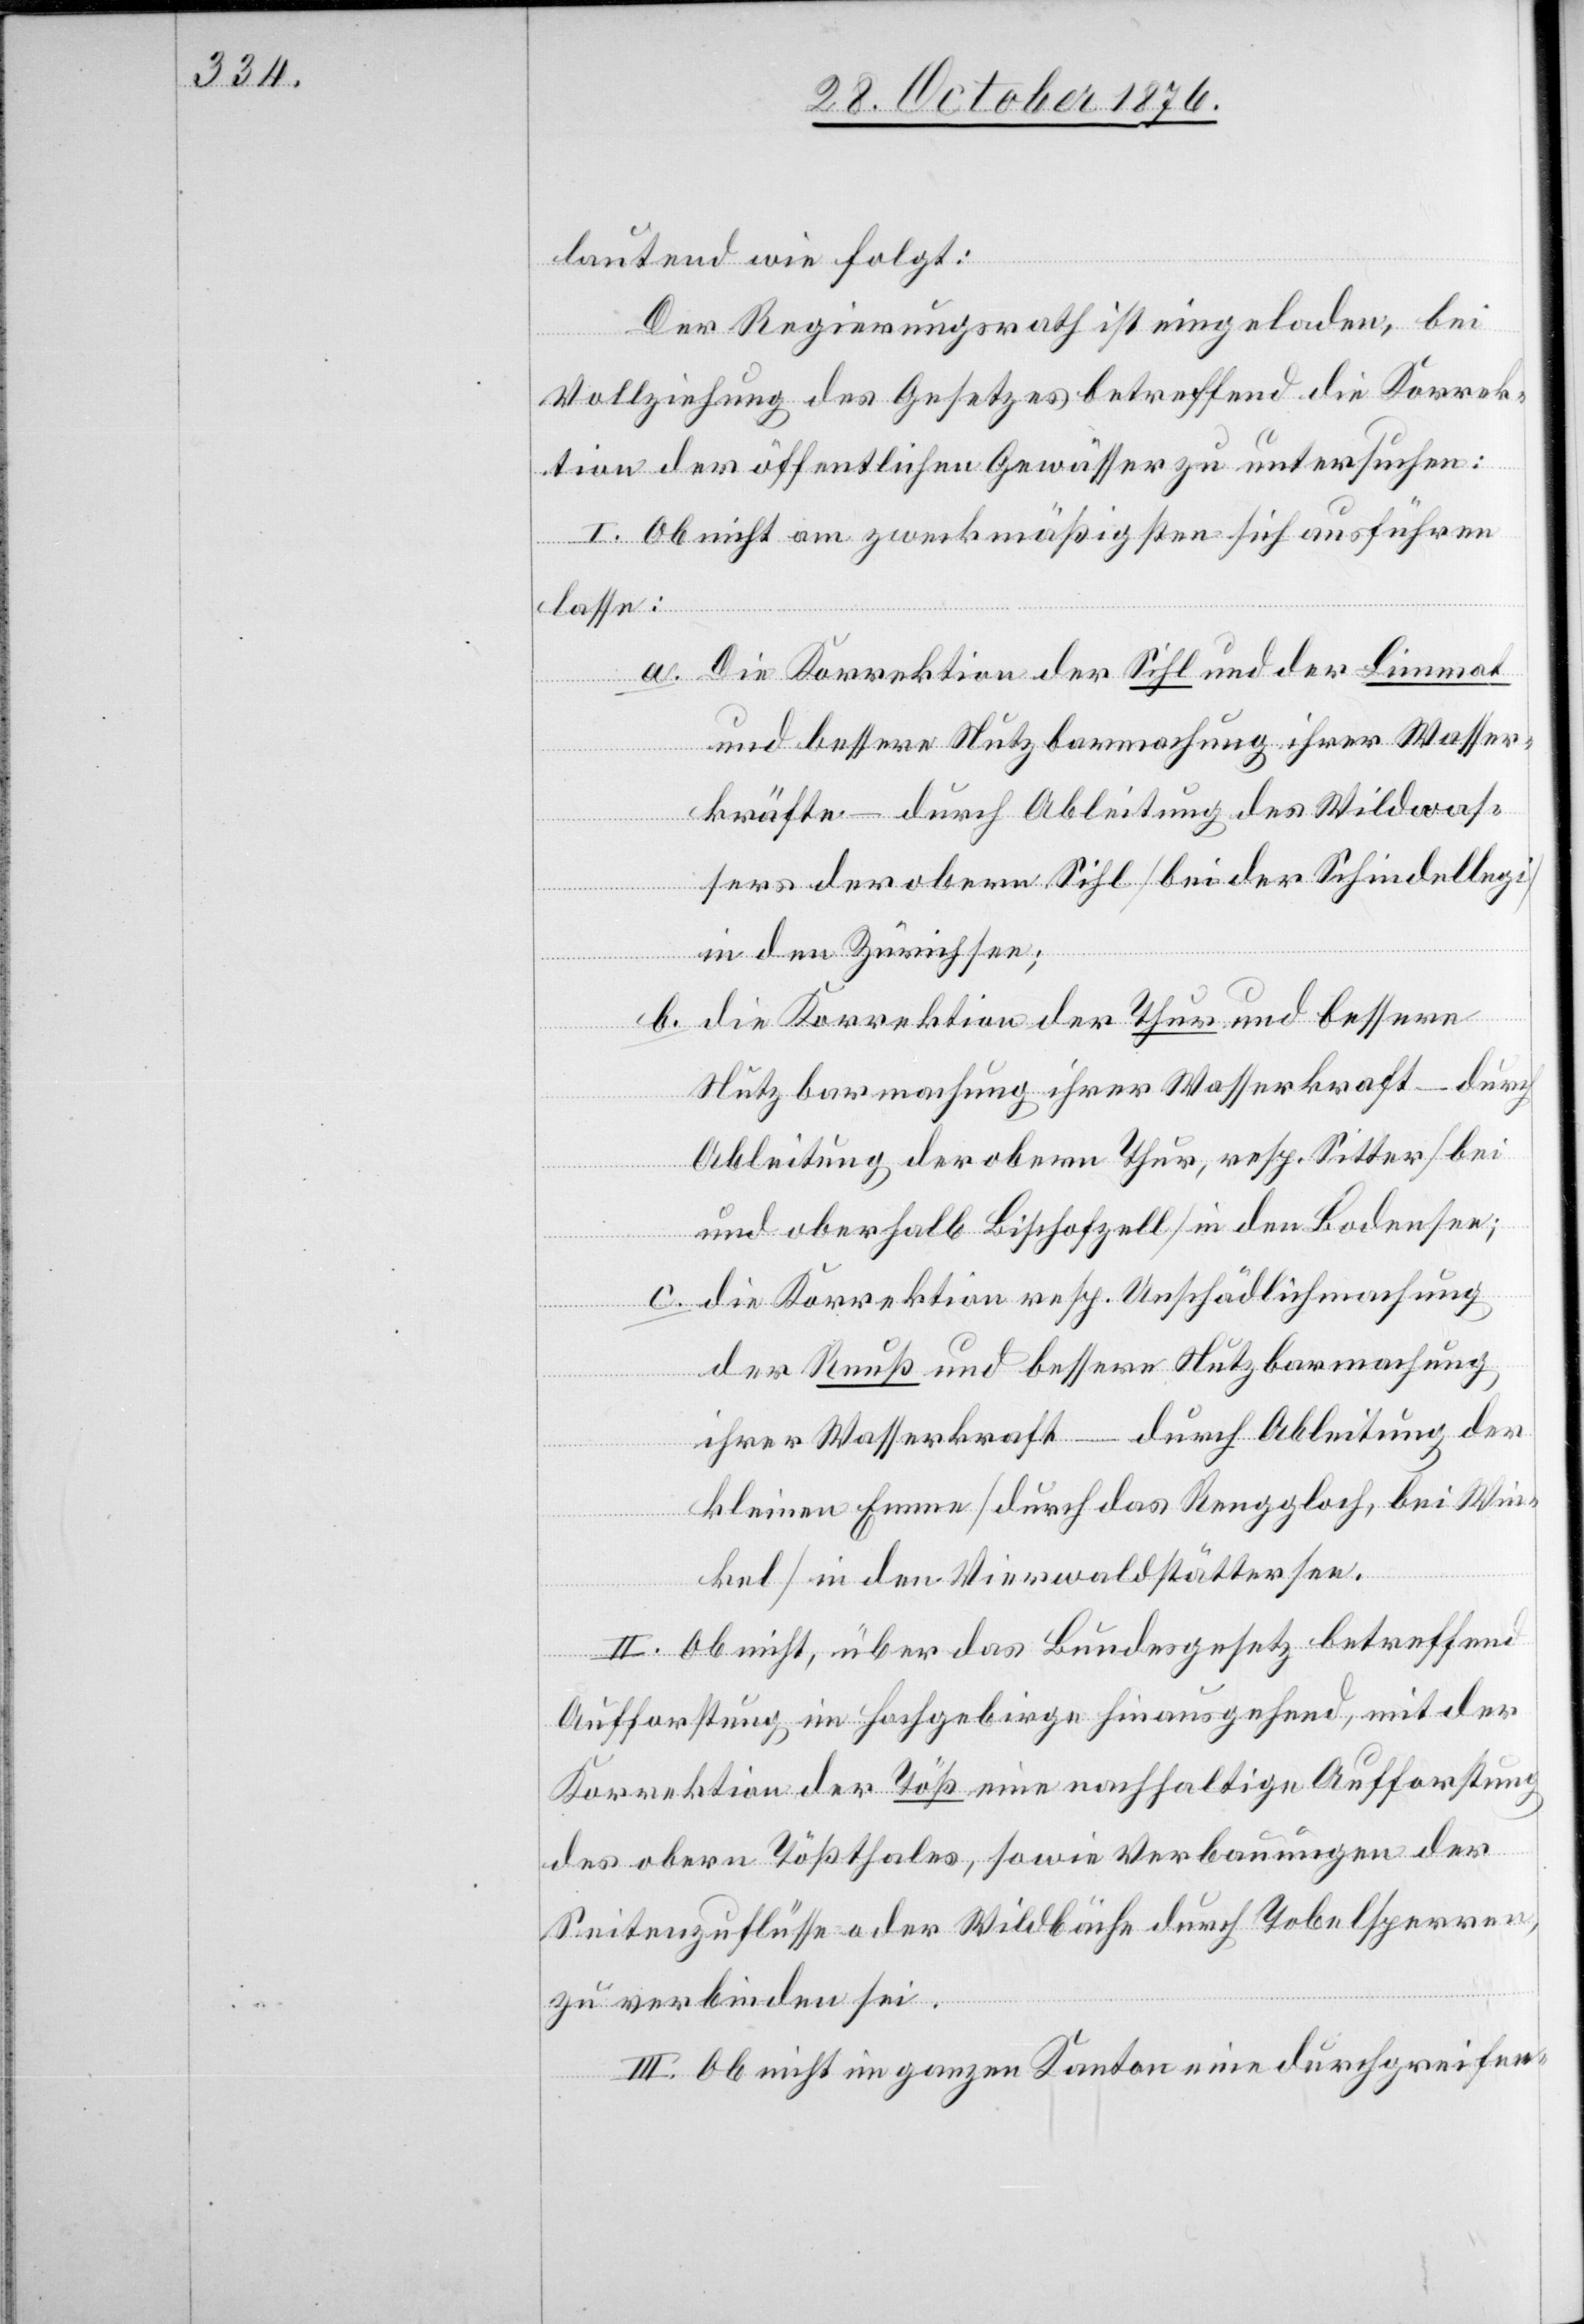
lautend wie folgt:
Der Regierungsrath ist eingeladen, bei
Vollziehung des Gesetzes betreffend die Korrek¬
tion der öffentlichen Gewässer zu untersuchen:
I. Ob nicht am zweckmäßigsten sich ausführen
lasse:
a. Die Korrektion der Sihl und der Limmat
und bessere Nutzbarmachung ihrer Wasser¬
kräfte – durch Ableitung des Wildwas¬
sers der obern Sihl [bei der Schindellegi]
in den Zürichsee;
b. die Korrektion der Thur und bessere
Nutzbarmachung ihrer Wasserkraft – durch
Ableitung der obern Thur, resp. Sitter [bei
und oberhalb Bischofzell] in den Bodensee;
c. die Korrektion resp. Unschädlichmachung
der Reuß und bessere Nutzbarmachung
ihrer Wasserkraft – durch Ableitung der
kleinen Emme [durch das Renggloch, bei Win¬
kel] in den Vierwaldstättersee.
II. Ob nicht, über das Bundesgesetz betreffend
Aufforstung im Hochgebirge hinausgehend, mit der
Korrektion der Töß eine nachhaltige Aufforstung
des obern Tößthales, sowie Verbauungen der
Seitenzuflüsse oder Wildbäche durch Tobelsperren,
zu verbinden sei.
III. Ob nicht im ganzen Kanton eine durchgreifen-